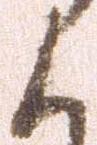
候